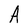
Character: A